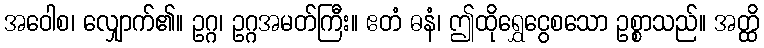
အဝေါစ၊ လျှောက်၏။ ဥဂ္ဂ၊ ဥဂ္ဂအမတ်ကြီး။ ဧတံ ဓနံ၊ ဤထိုရွှေငွေစသော ဥစ္စာသည်။ အတ္ထိ